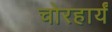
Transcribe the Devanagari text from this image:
चोरहार्यं